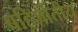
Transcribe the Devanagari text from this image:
बहिर्जातीय